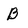
Character: B